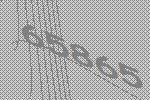
65865